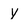
Character: y